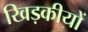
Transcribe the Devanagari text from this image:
खिड़कीयों